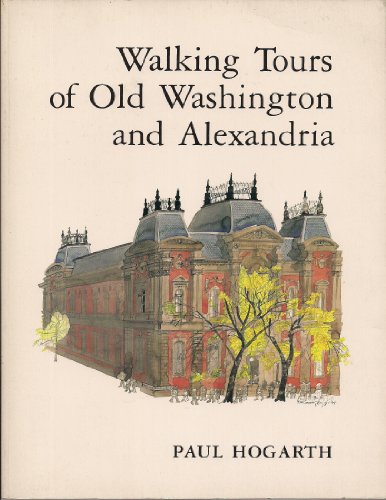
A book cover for Walking Tours of Old Washington and Alexandria; Paul Hogarth; Travel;